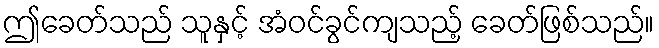
ဤခေတ်သည် သူနှင့် အံဝင်ခွင်ကျသည့် ခေတ်ဖြစ်သည်။